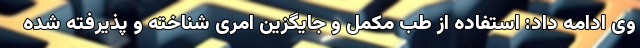
وی ادامه داد: استفاده از طب مکمل و جایگزین امری شناخته و پذیرفته شده